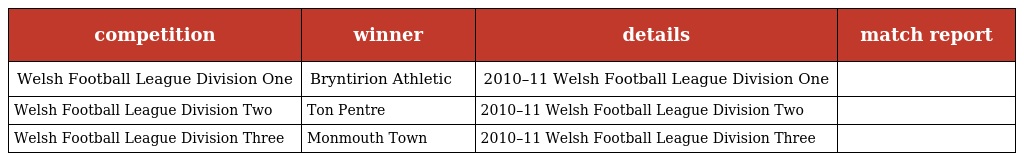
| competition | winner | details | match report |
 | --- | --- | --- | --- |
 | Welsh Football League Division One | Bryntirion Athletic | 2010–11 Welsh Football League Division One |  |
 | Welsh Football League Division Two | Ton Pentre | 2010–11 Welsh Football League Division Two |  |
 | Welsh Football League Division Three | Monmouth Town | 2010–11 Welsh Football League Division Three |  |